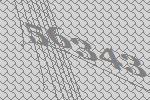
56343